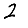
Digit: 2